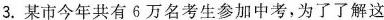
3.某市今年共有6万名考生参加中考，为了了解这